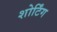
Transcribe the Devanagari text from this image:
शोर्टिंग